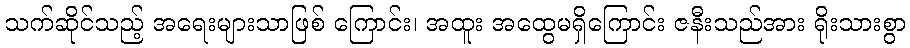
သက်ဆိုင်သည့် အရေးများသာဖြစ် ကြောင်း၊ အထူး အထွေမရှိကြောင်း ဇနီးသည်အား ရိုးသားစွာ